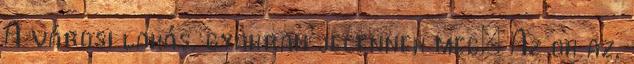
A városi lakás, gyakran jelennek meg: Az ok az,